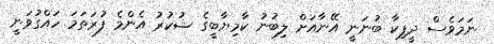
ނަމަވެސް ދީޕިކާ ބުނަނީ އޭނާއަށް ލިބުނު ކާމިޔާބީގެ ޝުކުރު އެންމެ ފުރަތަމަ ހައްގުވަނީ